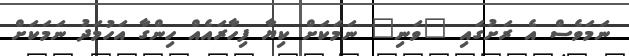
ނަމަވެސް އެ ރަށުގައި "ވަނި" ނަމަކަށް ކިޔާ ފިހާރައެއް ހިންގާ އަހުމަދު ނަމަކަށް